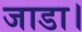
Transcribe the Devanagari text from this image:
जाडा।